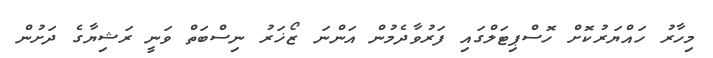
މިހާރު ހައްޔަރުކޮށް ހޮސްޕިޓަލްގައި ފަރުވާދެމުން އަންނަ ޒޯޚަރު ނިސްބަތް ވަނީ ރަޝިޔާގެ ދަށުން